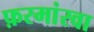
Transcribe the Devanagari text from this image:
फ़रमांरवा